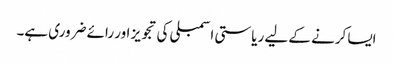
ایسا کرنے کے لیے ریاستی اسمبلی کی تجویز اور رائے ضروری ہے۔